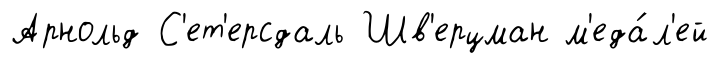
Арнольд С'ет'ерсдаль Шв'ерцман м'еда́л'ей